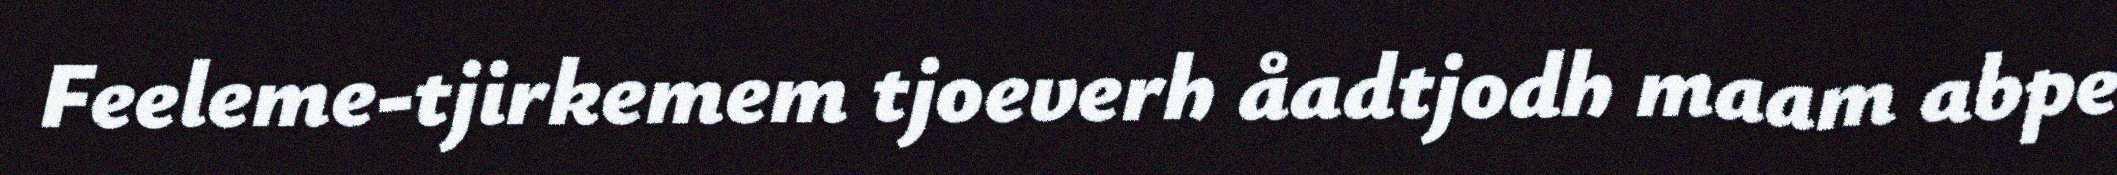
Feeleme-tjirkemem tjoeverh åadtjodh maam abpe